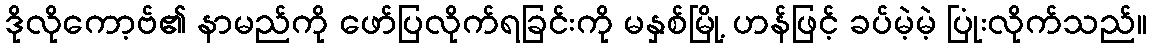
ဒိုလိုကော့ဗ်၏ နာမည်ကို ဖော်ပြလိုက်ရခြင်းကို မနှစ်မြို့ ဟန်ဖြင့် ခပ်မဲ့မဲ့ ပြုံးလိုက်သည်။